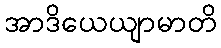
အာဒိယေယျာမာတိ